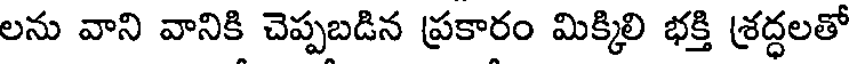
లను వాని వానికి చెప్పబడిన ప్రకారం మిక్కిలి భక్తి శ్రద్ధలతో